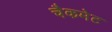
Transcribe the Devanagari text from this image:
चैकमेट